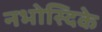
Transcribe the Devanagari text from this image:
नभोस्दिके